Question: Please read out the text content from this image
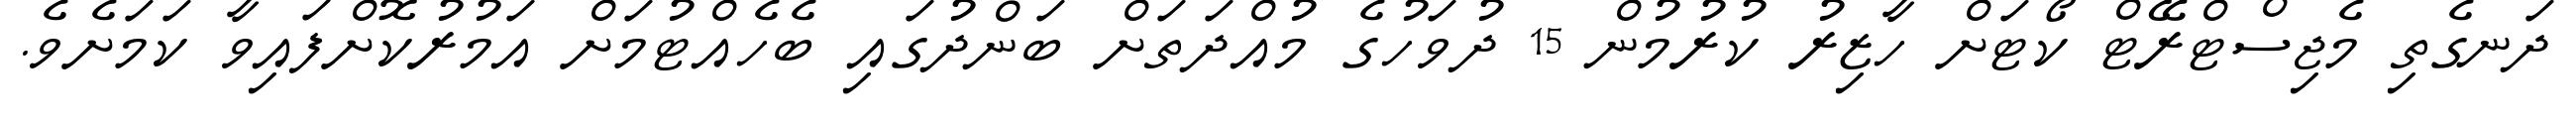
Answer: ދަނގެތި މެޖިސްޓްރޭޓް ކޯޓަށް ހާޒިރު ކުރުމުން 15 ދުވަހުގެ މުއްދަތަށް ބަންދުގައި ބެހެއްޓުމަށް އަމުރުކޮށްފައިވާ ކަމަށެވެ.